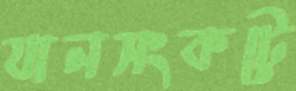
যানসংকটে